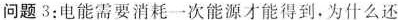
问题3：电能需要消耗一次能源才能得到。为什么还